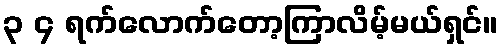
၃ ၄ ရက်လောက်တော့ကြာလိမ့်မယ်ရှင်။